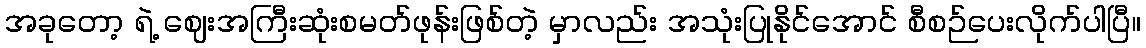
အခုတော့ ရဲ့ ဈေးအကြီးဆုံးစမတ်ဖုန်းဖြစ်တဲ့ မှာလည်း အသုံးပြုနိုင်အောင် စီစဉ်ပေးလိုက်ပါပြီ။